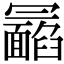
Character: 𩉉